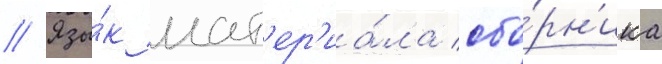
// Язы́к мат'ер'иа́ла сбо́рн'ика